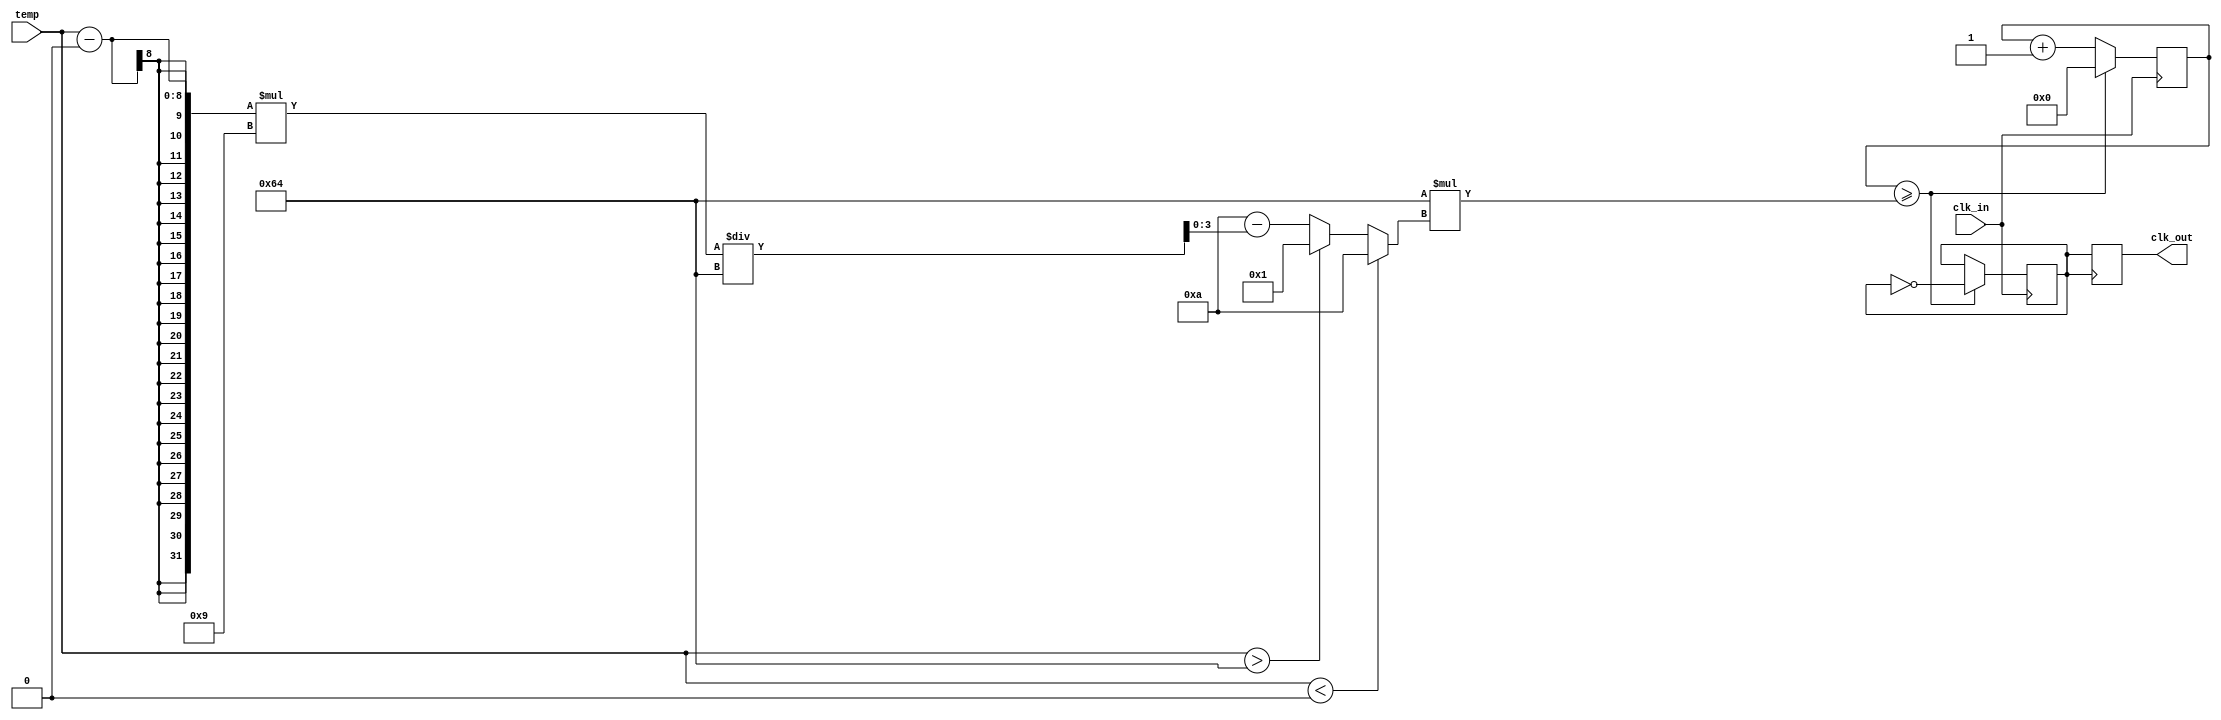
module temp_compensated_clock_buffer (
    input wire clk_in,          // Input clock signal
    input wire [7:0] temp,     // Temperature input (8-bit for simplicity)
    output reg clk_out         // Buffered clock output
);

    // Parameters
    parameter CLK_FREQ = 100;  // Operating frequency in MHz
    parameter TEMP_MIN = 0;     // Minimum temperature in Celsius
    parameter TEMP_MAX = 100;    // Maximum temperature in Celsius
    parameter DELAY_MAX = 10;    // Maximum delay in ns
    parameter DELAY_MIN = 1;     // Minimum delay in ns

    // Internal signals
    reg [3:0] delay_setting;     // Delay setting based on temperature
    reg [31:0] counter;           // Counter for clock generation
    reg clk_delayed;              // Delayed clock signal

    // Temperature compensation logic
    always @(*) begin
        // Simple linear mapping of temperature to delay setting
        if (temp < TEMP_MIN) begin
            delay_setting = DELAY_MAX;  // Use max delay for low temp
        end else if (temp > TEMP_MAX) begin
            delay_setting = DELAY_MIN;  // Use min delay for high temp
        end else begin
            // Linear interpolation between min and max delay
            delay_setting = DELAY_MAX - ((temp - TEMP_MIN) * (DELAY_MAX - DELAY_MIN) / (TEMP_MAX - TEMP_MIN));
        end
    end

    // Clock generation with variable delay
    always @(posedge clk_in) begin
        // Simulate variable delay based on delay_setting
        counter <= counter + 1;
        if (counter >= (CLK_FREQ * delay_setting)) begin
            clk_delayed <= ~clk_delayed; // Toggle delayed clock
            counter <= 0;                 // Reset counter
        end
    end

    // Output driver
    always @(posedge clk_delayed) begin
        clk_out <= clk_delayed; // Drive the output clock
    end

endmodule